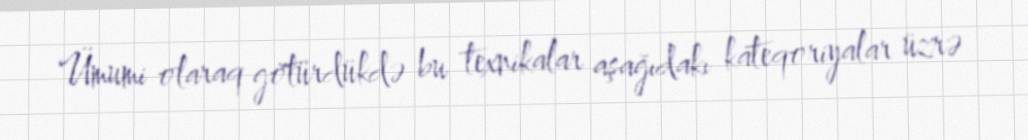
Ümumi olaraq götürdükdə bu texnikalar aşağıdakı kateqoriyalar üzrə